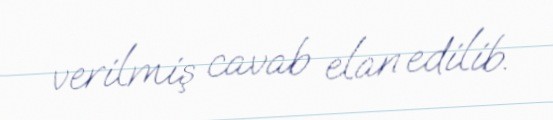
verilmiş cavab elan edilib.